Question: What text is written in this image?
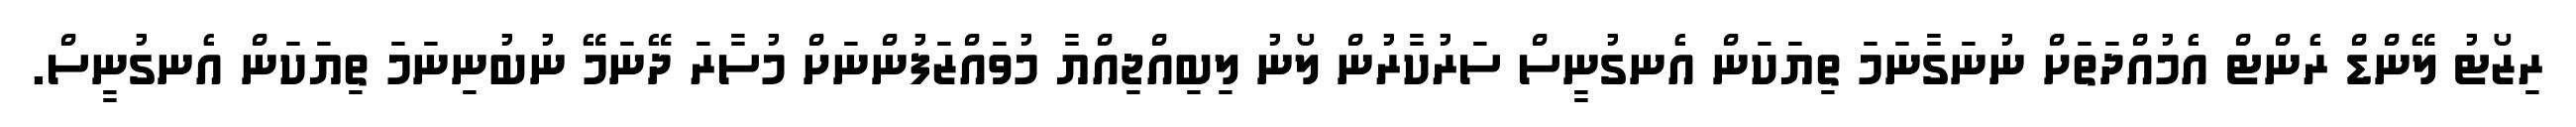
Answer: ރިޒޯޓު ލޭންޑް ރެންޓް އެމުއްދަތަށް ނުނަގާނަމަ ތިޔަކަން އެނގުނީސް ސަރުކާރުން ލޯނު ލިބިއްޖިއްޔާ މުވައްޒަފުންނަށް މުސާރަ ދޭނަމޭ ނުބުނިނަމަ ތިޔަކަން އެނގުނީސް.